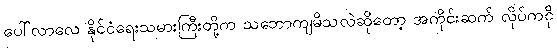
ပေါ်လာလေ နိုင်ငံရေးသမားကြီးတို့က သဘောကျမိသလဲဆိုတော့ အကိုင်းဆက် လိုပ်ကငို